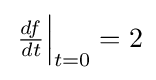
{\textstyle \left.{\frac {df}{dt}}\right|_{t=0}=2}